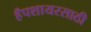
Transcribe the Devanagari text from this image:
हँपशायरसाठी